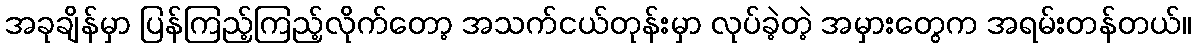
အခုချိန်မှာ ပြန်ကြည့်ကြည့်လိုက်တော့ အသက်ငယ်တုန်းမှာ လုပ်ခဲ့တဲ့ အမှားတွေက အရမ်းတန်တယ်။